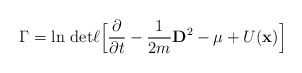
\begin{align*}\Gamma=\ln\,{\rm det}\ell\Big\lbrack\frac{\partial}{\partial t}-\frac{1}{2m} {\bf D}^2-\mu+U({\bf x})\Big\rbrack\end{align*}